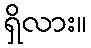
ရှိလား။